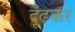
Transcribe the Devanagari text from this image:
दूँढकर